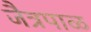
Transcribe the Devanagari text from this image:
जैत्रपाळ